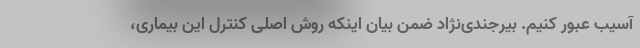
آسیب عبور کنیم. بیرجندی‌نژاد ضمن بیان اینکه روش اصلی کنترل این بیماری،